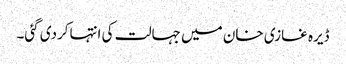
ڈیرہ غازی خان میں جہالت کی انتہاکردی گئی۔